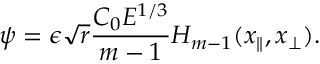
\psi = \epsilon \sqrt { r } \frac { C _ { 0 } E ^ { 1 / 3 } } { m - 1 } H _ { m - 1 } ( x _ { \parallel } , x _ { \perp } ) .